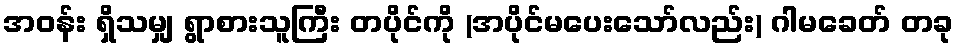
အဝန်း ရှိသမျှ ရွာစားသူကြီး တပိုင်ကို (အပိုင်မပေးသော်လည်း) ဂါမခေတ် တခု